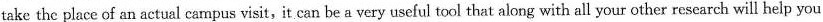
take the place of an actual campus visit, it can be a very useful tool that along with all your other research will help you